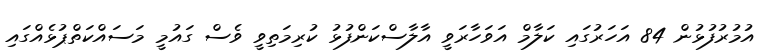
އުމުރުފުޅުން 84 އަހަރުގައި ކަލާމް އަވަހާރަވީ އާލާސްކަންފުޅު ކުރިމަތިވީ ވެސް ގައުމީ މަސައްކަތްޕުޅެއްގައި